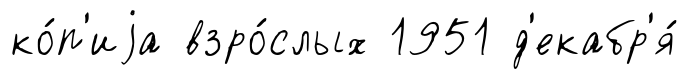
ко́п'иjа взро́слых 1951 д'екабр'я́